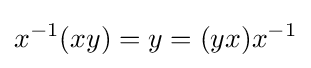
x^{-1}(xy)=y=(yx)x^{-1}